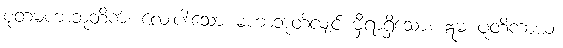
စုတမဟာဘူတိကံ၊ လေးပါးသော မဟာဘုတ်လျှင် မှီရာရှိသော။ ဣမံ ပူတိကာယံ၊